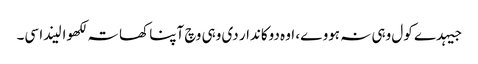
جیہدے کول وہی نہ ہووے، اوہ دوکاندار دی وہی وچ آپنا کھاتہ لکھوا لیندا سی۔